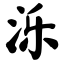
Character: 泺